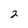
Character: 2